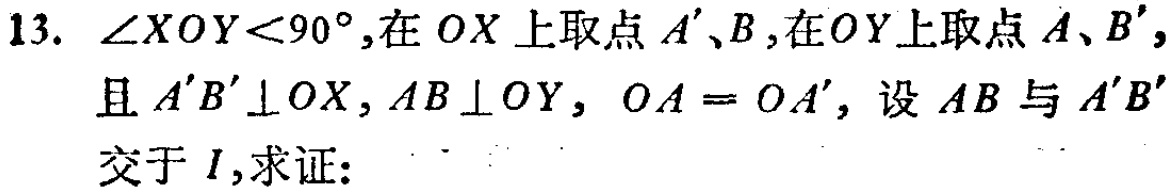
13. $\angle XOY<90^{\circ}$,在 $OX$ 上取点 $A'、B$,在$OY$ 上取点 $A、B'$,且 $A'B'\perp OX$, $AB\perp OY$, $OA = OA'$, 设 $AB$ 与 $A'B'$ 交于 $I$,求证: